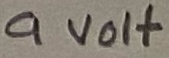
Text: 9 Volt